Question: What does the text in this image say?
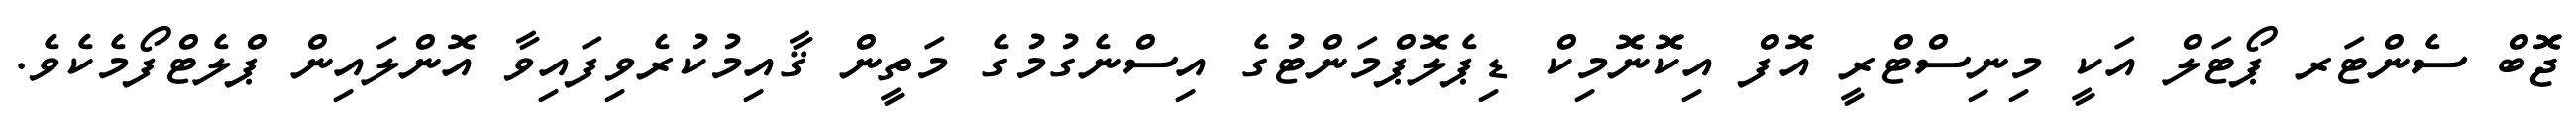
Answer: ޖޮބް ސެންޓަރ ޕޯޓަލް އަކީ މިނިސްޓްރީ އޮފް އިކޮނޮމިކް ޑިޕެލޮޕްމަންޓުގެ އިސްނެގުމުގެ މަތީން ޤާއިމުކުރެވިފައިވާ އޮންލައިން ޕްލެޓްފޯމެކެވެ.